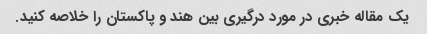
یک مقاله خبری در مورد درگیری بین هند و پاکستان را خلاصه کنید.